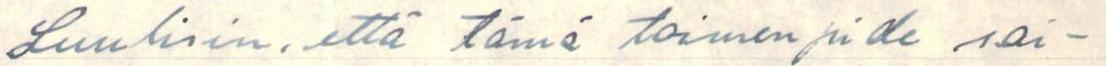
Luulisin, että tämä toimenpide sai-